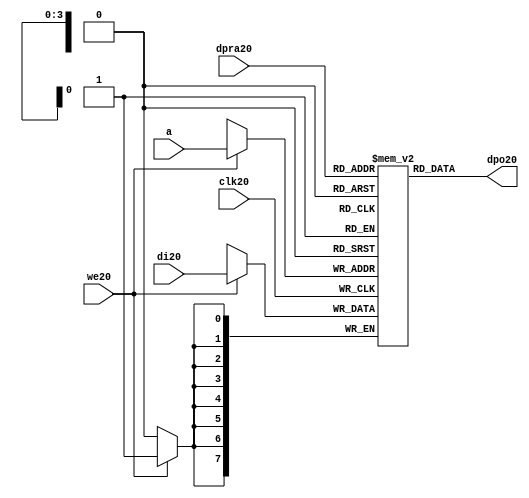
//////////////////////////////////////////////////////////////////////
////                                                              ////
////  raminfr20.v                                                   ////
////                                                              ////
////                                                              ////
////  This20 file is part of the "UART20 16550 compatible20" project20    ////
////  http20://www20.opencores20.org20/cores20/uart1655020/                   ////
////                                                              ////
////  Documentation20 related20 to this project20:                      ////
////  - http20://www20.opencores20.org20/cores20/uart1655020/                 ////
////                                                              ////
////  Projects20 compatibility20:                                     ////
////  - WISHBONE20                                                  ////
////  RS23220 Protocol20                                              ////
////  16550D uart20 (mostly20 supported)                              ////
////                                                              ////
////  Overview20 (main20 Features20):                                   ////
////  Inferrable20 Distributed20 RAM20 for FIFOs20                        ////
////                                                              ////
////  Known20 problems20 (limits20):                                    ////
////  None20                .                                       ////
////                                                              ////
////  To20 Do20:                                                      ////
////  Nothing so far20.                                             ////
////                                                              ////
////  Author20(s):                                                  ////
////      - gorban20@opencores20.org20                                  ////
////      - Jacob20 Gorban20                                          ////
////                                                              ////
////  Created20:        2002/07/22                                  ////
////  Last20 Updated20:   2002/07/22                                  ////
////                  (See log20 for the revision20 history20)          ////
////                                                              ////
////                                                              ////
//////////////////////////////////////////////////////////////////////
////                                                              ////
//// Copyright20 (C) 2000, 2001 Authors20                             ////
////                                                              ////
//// This20 source20 file may be used and distributed20 without         ////
//// restriction20 provided that this copyright20 statement20 is not    ////
//// removed from the file and that any derivative20 work20 contains20  ////
//// the original copyright20 notice20 and the associated disclaimer20. ////
////                                                              ////
//// This20 source20 file is free software20; you can redistribute20 it   ////
//// and/or modify it under the terms20 of the GNU20 Lesser20 General20   ////
//// Public20 License20 as published20 by the Free20 Software20 Foundation20; ////
//// either20 version20 2.1 of the License20, or (at your20 option) any   ////
//// later20 version20.                                               ////
////                                                              ////
//// This20 source20 is distributed20 in the hope20 that it will be       ////
//// useful20, but WITHOUT20 ANY20 WARRANTY20; without even20 the implied20   ////
//// warranty20 of MERCHANTABILITY20 or FITNESS20 FOR20 A PARTICULAR20      ////
//// PURPOSE20.  See the GNU20 Lesser20 General20 Public20 License20 for more ////
//// details20.                                                     ////
////                                                              ////
//// You should have received20 a copy of the GNU20 Lesser20 General20    ////
//// Public20 License20 along20 with this source20; if not, download20 it   ////
//// from http20://www20.opencores20.org20/lgpl20.shtml20                     ////
////                                                              ////
//////////////////////////////////////////////////////////////////////
//
// CVS20 Revision20 History20
//
// $Log: not supported by cvs2svn20 $
// Revision20 1.1  2002/07/22 23:02:23  gorban20
// Bug20 Fixes20:
//  * Possible20 loss of sync and bad20 reception20 of stop bit on slow20 baud20 rates20 fixed20.
//   Problem20 reported20 by Kenny20.Tung20.
//  * Bad (or lack20 of ) loopback20 handling20 fixed20. Reported20 by Cherry20 Withers20.
//
// Improvements20:
//  * Made20 FIFO's as general20 inferrable20 memory where possible20.
//  So20 on FPGA20 they should be inferred20 as RAM20 (Distributed20 RAM20 on Xilinx20).
//  This20 saves20 about20 1/3 of the Slice20 count and reduces20 P&R and synthesis20 times.
//
//  * Added20 optional20 baudrate20 output (baud_o20).
//  This20 is identical20 to BAUDOUT20* signal20 on 16550 chip20.
//  It outputs20 16xbit_clock_rate - the divided20 clock20.
//  It's disabled by default. Define20 UART_HAS_BAUDRATE_OUTPUT20 to use.
//

//Following20 is the Verilog20 code20 for a dual20-port RAM20 with asynchronous20 read. 
module raminfr20   
        (clk20, we20, a, dpra20, di20, dpo20); 

parameter addr_width20 = 4;
parameter data_width20 = 8;
parameter depth = 16;

input clk20;   
input we20;   
input  [addr_width20-1:0] a;   
input  [addr_width20-1:0] dpra20;   
input  [data_width20-1:0] di20;   
//output [data_width20-1:0] spo20;   
output [data_width20-1:0] dpo20;   
reg    [data_width20-1:0] ram20 [depth-1:0]; 

wire [data_width20-1:0] dpo20;
wire  [data_width20-1:0] di20;   
wire  [addr_width20-1:0] a;   
wire  [addr_width20-1:0] dpra20;   
 
  always @(posedge clk20) begin   
    if (we20)   
      ram20[a] <= di20;   
  end   
//  assign spo20 = ram20[a];   
  assign dpo20 = ram20[dpra20];   
endmodule